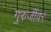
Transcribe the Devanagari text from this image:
गुरुजींवर